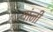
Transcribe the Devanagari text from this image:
यांनी